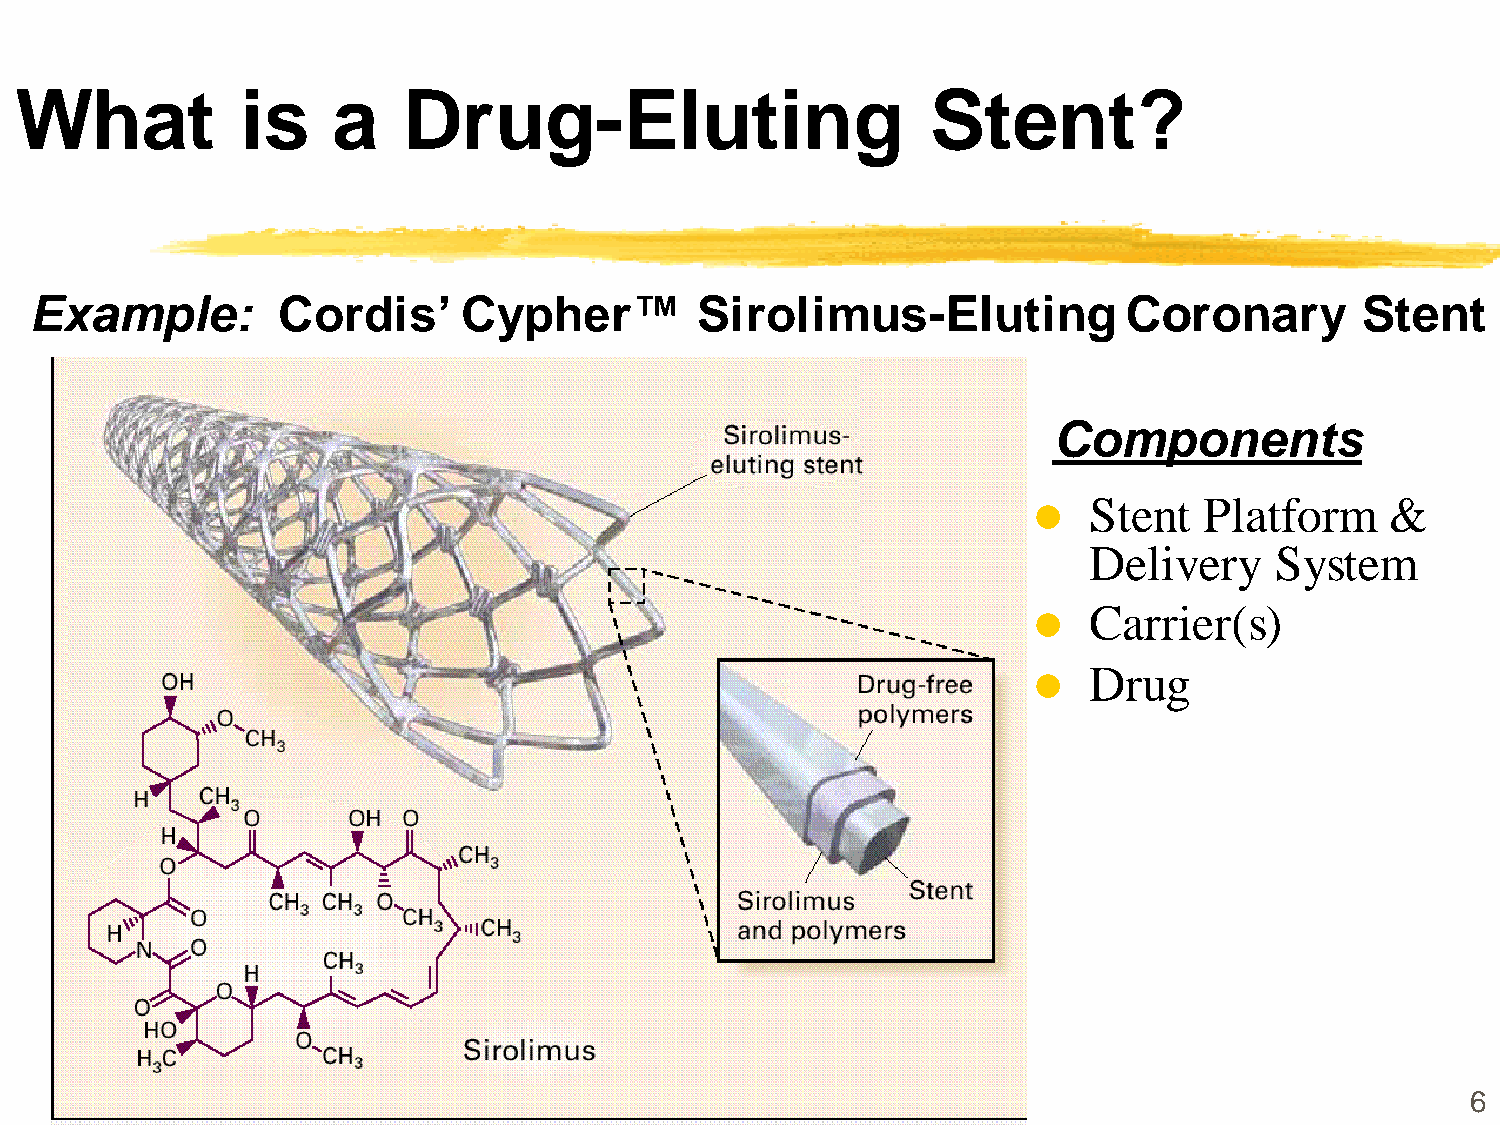
What           is    a    Drug-Eluting                       Stent?
 Example:        Cordis’      Cypher™        Sirolimus-Eluting            Coronary       Stent
 Components
 Stent   Platform    &
 
 Delivery    System
 Carrier(s)
 
 Drug
 
 6